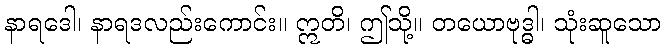
နာရဒေါ၊ နာရဒလည်းကောင်း။ ဣတိ၊ ဤသို့။ တယောဗုဒ္ဓါ၊ သုံးဆူသော